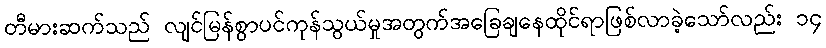
တီမားဆက်သည် လျင်မြန်စွာပင်ကုန်သွယ်မှုအတွက်အခြေချနေထိုင်ရာဖြစ်လာခဲ့သော်လည်း ၁၄